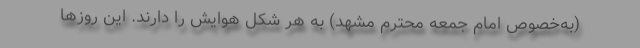
(به‌خصوص امام جمعه محترم مشهد) به هر شکل هوایش را دارند. این روزها